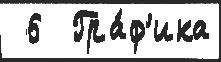
 6  Гра́ф'ика